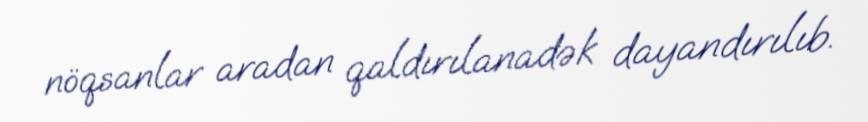
nöqsanlar aradan qaldırılanadək dayandırılıb.